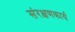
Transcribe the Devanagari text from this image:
संरक्षणकार्य